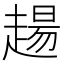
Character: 𧼮